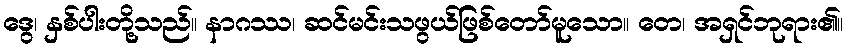
ဒွေ၊ နှစ်ပါးတို့သည်။ နာဂဿ၊ ဆင်မင်းသဖွယ်ဖြစ်တော်မူသော။ တေ၊ အရှင်ဘုရား၏။